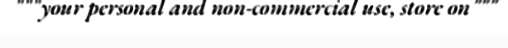
"""your personal and non-commercial use, store on"""